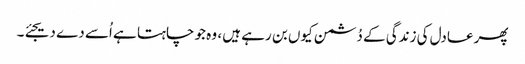
پھر عادل کی زندگی کے دُشمن کیوں بن رہے ہیں ، وہ جو چاہتا ہے اُسے دے دیجئے۔